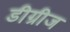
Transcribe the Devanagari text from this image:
डीग्रीज